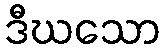
ဒီဃသော